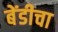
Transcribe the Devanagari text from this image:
बेंडीचा